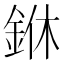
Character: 銝